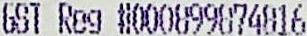
GST REG #000899874816